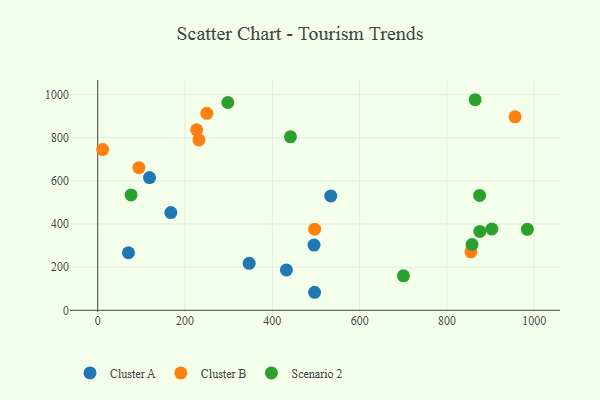
{"axis": {"x": "Investment", "y": "Fuel Efficiency"}, "legend": ["Cluster A", "Cluster B", "Scenario 2"], "data": [{"x": "495.5", "y": 302.4, "type": "Cluster A"}, {"x": "432.2", "y": 187.4, "type": "Cluster A"}, {"x": "533.9", "y": 529.8, "type": "Cluster A"}, {"x": "496.8", "y": 83.6, "type": "Cluster A"}, {"x": "347.0", "y": 217.9, "type": "Cluster A"}, {"x": "118.7", "y": 615.3, "type": "Cluster A"}, {"x": "167.5", "y": 452.9, "type": "Cluster A"}, {"x": "70.5", "y": 266.8, "type": "Cluster A"}, {"x": "497.0", "y": 376.1, "type": "Cluster B"}, {"x": "94.4", "y": 661.0, "type": "Cluster B"}, {"x": "231.9", "y": 789.6, "type": "Cluster B"}, {"x": "854.9", "y": 271.3, "type": "Cluster B"}, {"x": "11.3", "y": 744.9, "type": "Cluster B"}, {"x": "250.0", "y": 913.1, "type": "Cluster B"}, {"x": "955.9", "y": 896.7, "type": "Cluster B"}, {"x": "226.6", "y": 836.9, "type": "Cluster B"}, {"x": "984.2", "y": 375.3, "type": "Scenario 2"}, {"x": "76.5", "y": 535.0, "type": "Scenario 2"}, {"x": "902.8", "y": 376.8, "type": "Scenario 2"}, {"x": "700.3", "y": 159.9, "type": "Scenario 2"}, {"x": "857.5", "y": 305.0, "type": "Scenario 2"}, {"x": "864.5", "y": 976.1, "type": "Scenario 2"}, {"x": "441.5", "y": 804.1, "type": "Scenario 2"}, {"x": "298.1", "y": 963.2, "type": "Scenario 2"}, {"x": "875.3", "y": 365.6, "type": "Scenario 2"}, {"x": "874.8", "y": 532.4, "type": "Scenario 2"}]}